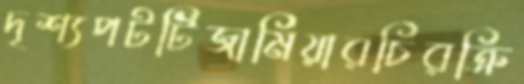
দৃশ্যপটটিজামিয়ারচিরক্রি